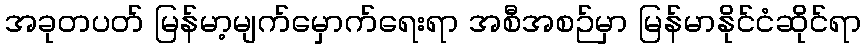
အခုတပတ် မြန်မာ့မျက်မှောက်ရေးရာ အစီအစဉ်မှာ မြန်မာနိုင်ငံဆိုင်ရာ